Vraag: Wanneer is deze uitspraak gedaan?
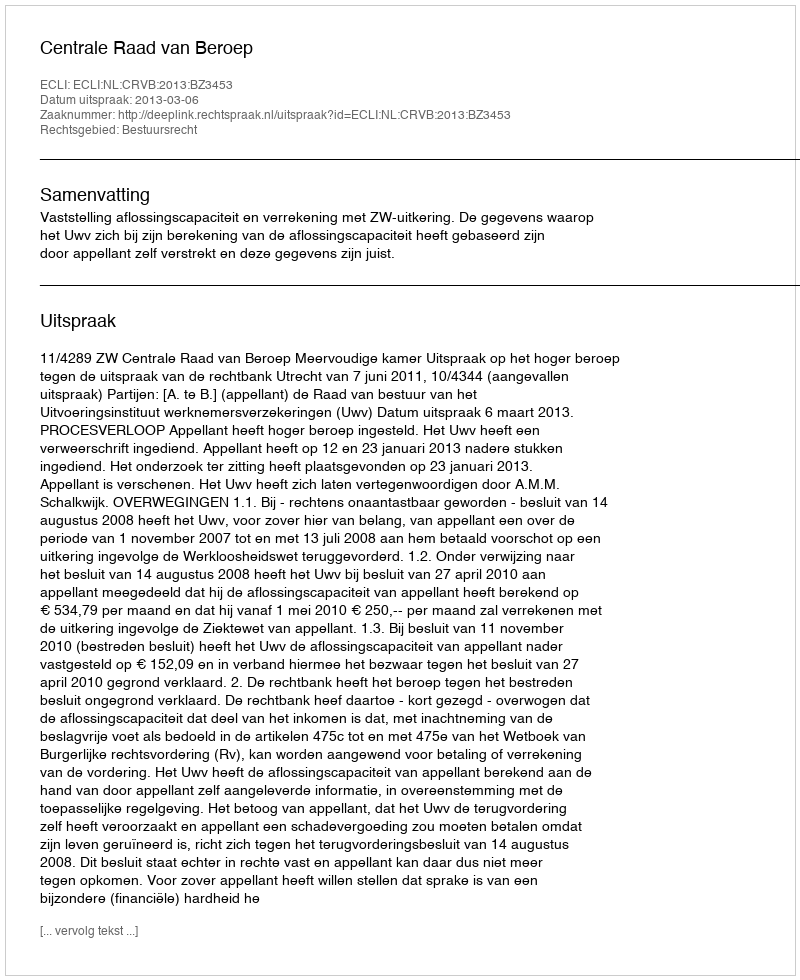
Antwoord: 2013-03-06